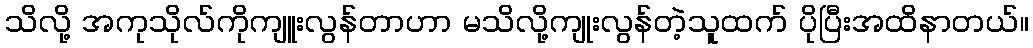
သိလို့ အကုသိုလ်ကိုကျူးလွန်တာဟာ မသိလို့ကျုးလွန်တဲ့သူထက် ပိုပြီးအထိနာတယ်။